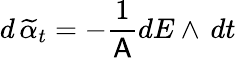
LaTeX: d\, \widetilde{\alpha}_{t}=-\frac{1}{\mathsf{A}}dE\wedge\, dt